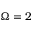
\Omega = 2